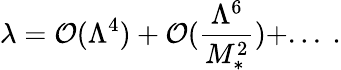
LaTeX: \lambda={\cal O}(\Lambda^{4})+{\cal O}(\frac{\Lambda^{6}}{M_{*}^{2}})+...~.